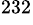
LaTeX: ^{232}